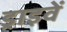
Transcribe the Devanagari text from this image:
ड्राइवें